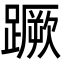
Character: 蹶